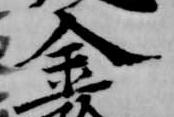
金